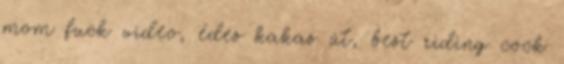
mom fuck video, édes kakas út, best riding cock